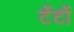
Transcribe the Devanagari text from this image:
टेंटों